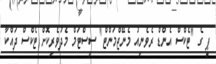
ޕީ ގެ "ޓެކްސް އެންޑް ރެވެނިއު މެނޭޖްމަންޓް" ސިސްޓަމް މެދުވެރިކޮށް ޓެކްސް ދައްކާ